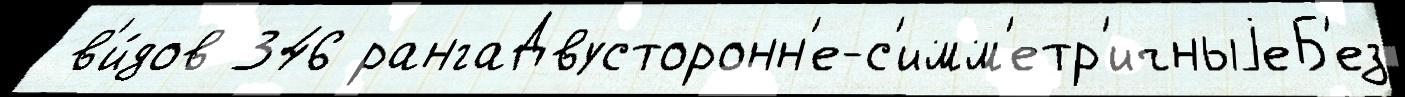
 в'и́дов 346 рангаДвусторонн'е-с'имм'етр'ичныjеБ'ез